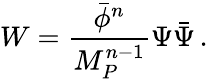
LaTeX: W=\frac{\bar{\phi}^{n}}{M_{P}^{n-1}}\Psi\bar{\Psi}\, .